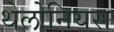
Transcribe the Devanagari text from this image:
थेलोनियस